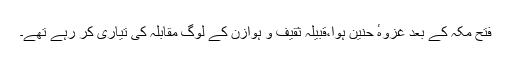
فتح مکہ کے بعد غزوہٴ حنین ہوا،قبیلہ ثقیف و ہوازن کے لوگ مقابلہ کی تیاری کر رہے تھے۔